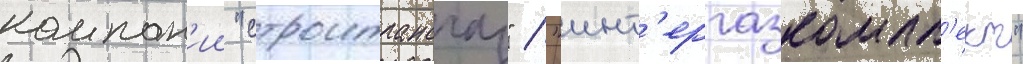
компан'ии "строитрансгаз" / "инт'ергазкомпл'ект"